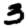
Digit: 3